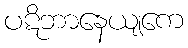
ပဋိဘာနေယျကေ